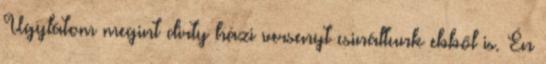
Ugylátom megint dirty házi versenyt csináltunk ebből is. Én